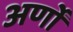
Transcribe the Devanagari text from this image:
अर्णों